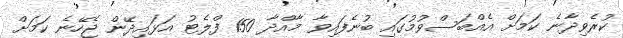
ކުރެވިދާނެ ކަމަށް އެއްބަސްވުމުގައި ބުނެފައިވާ މާއްދާ 150 ފްލެޓު އަޅައިދޭން ޖެހޭނެ ކަމަށް